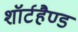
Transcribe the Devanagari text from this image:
शॉर्टहैण्ड